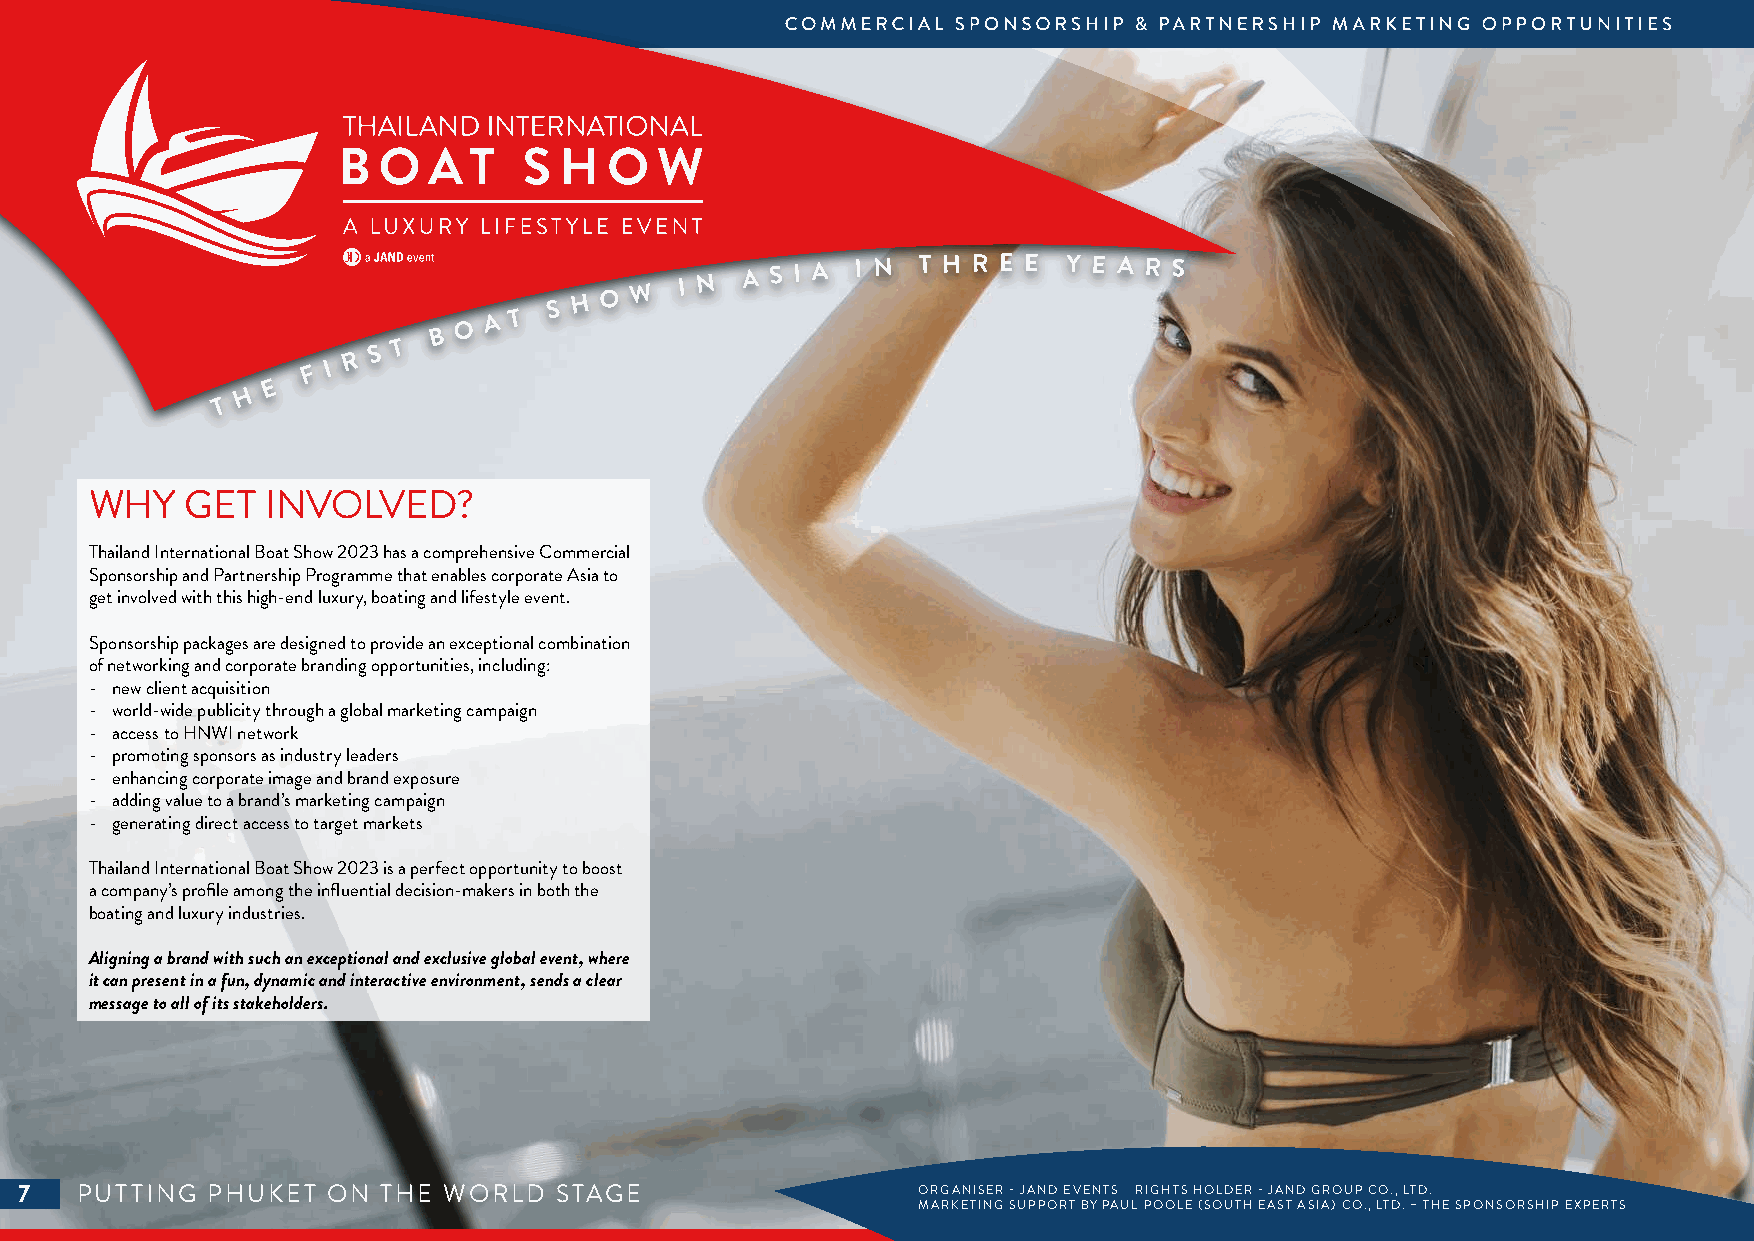
O A T
 S H O W  I N A S I A I N T H R E E Y E A R S
 B
 T
 S
 R
 F I
 E
 H
 T
 WHY   GET   INVOLVED?
 Thailand International Boat Show 2023 has a comprehensive Commercial
 Sponsorship and Partnership Programme that enables corporate Asia to
 get involved with this high-end luxury, boating and lifestyle event.
 Sponsorship packages are designed to provide an exceptional combination
 of networking and corporate branding opportunities, including:
 - new client acquisition
 - world-wide publicity through a global marketing campaign
 - access to HNWI network
 - promoting sponsors as industry leaders
 - enhancing corporate image and brand exposure
 - adding value to a brand’s marketing campaign
 - generating direct access to target markets
 Thailand International Boat Show 2023 is a perfect opportunity to boost
 a company’s profile among the influential decision-makers in both the
 boating and luxury industries.
 Aligning a brand with such an exceptional and exclusive global event, where
 it can present in a fun, dynamic and interactive environment, sends a clear
 message to all of its stakeholders.
 7   PUTTING  PHUKET  ON THE WORLD   STAGE                   ORGANISER - JAND EVENTS RIGHTS HOLDER - JAND GROUP CO., LTD.
 MARKETING SUPPORT BY PAUL POOLE (SOUTH EAST ASIA) CO., LTD. – THE SPONSORSHIP EXPERTS